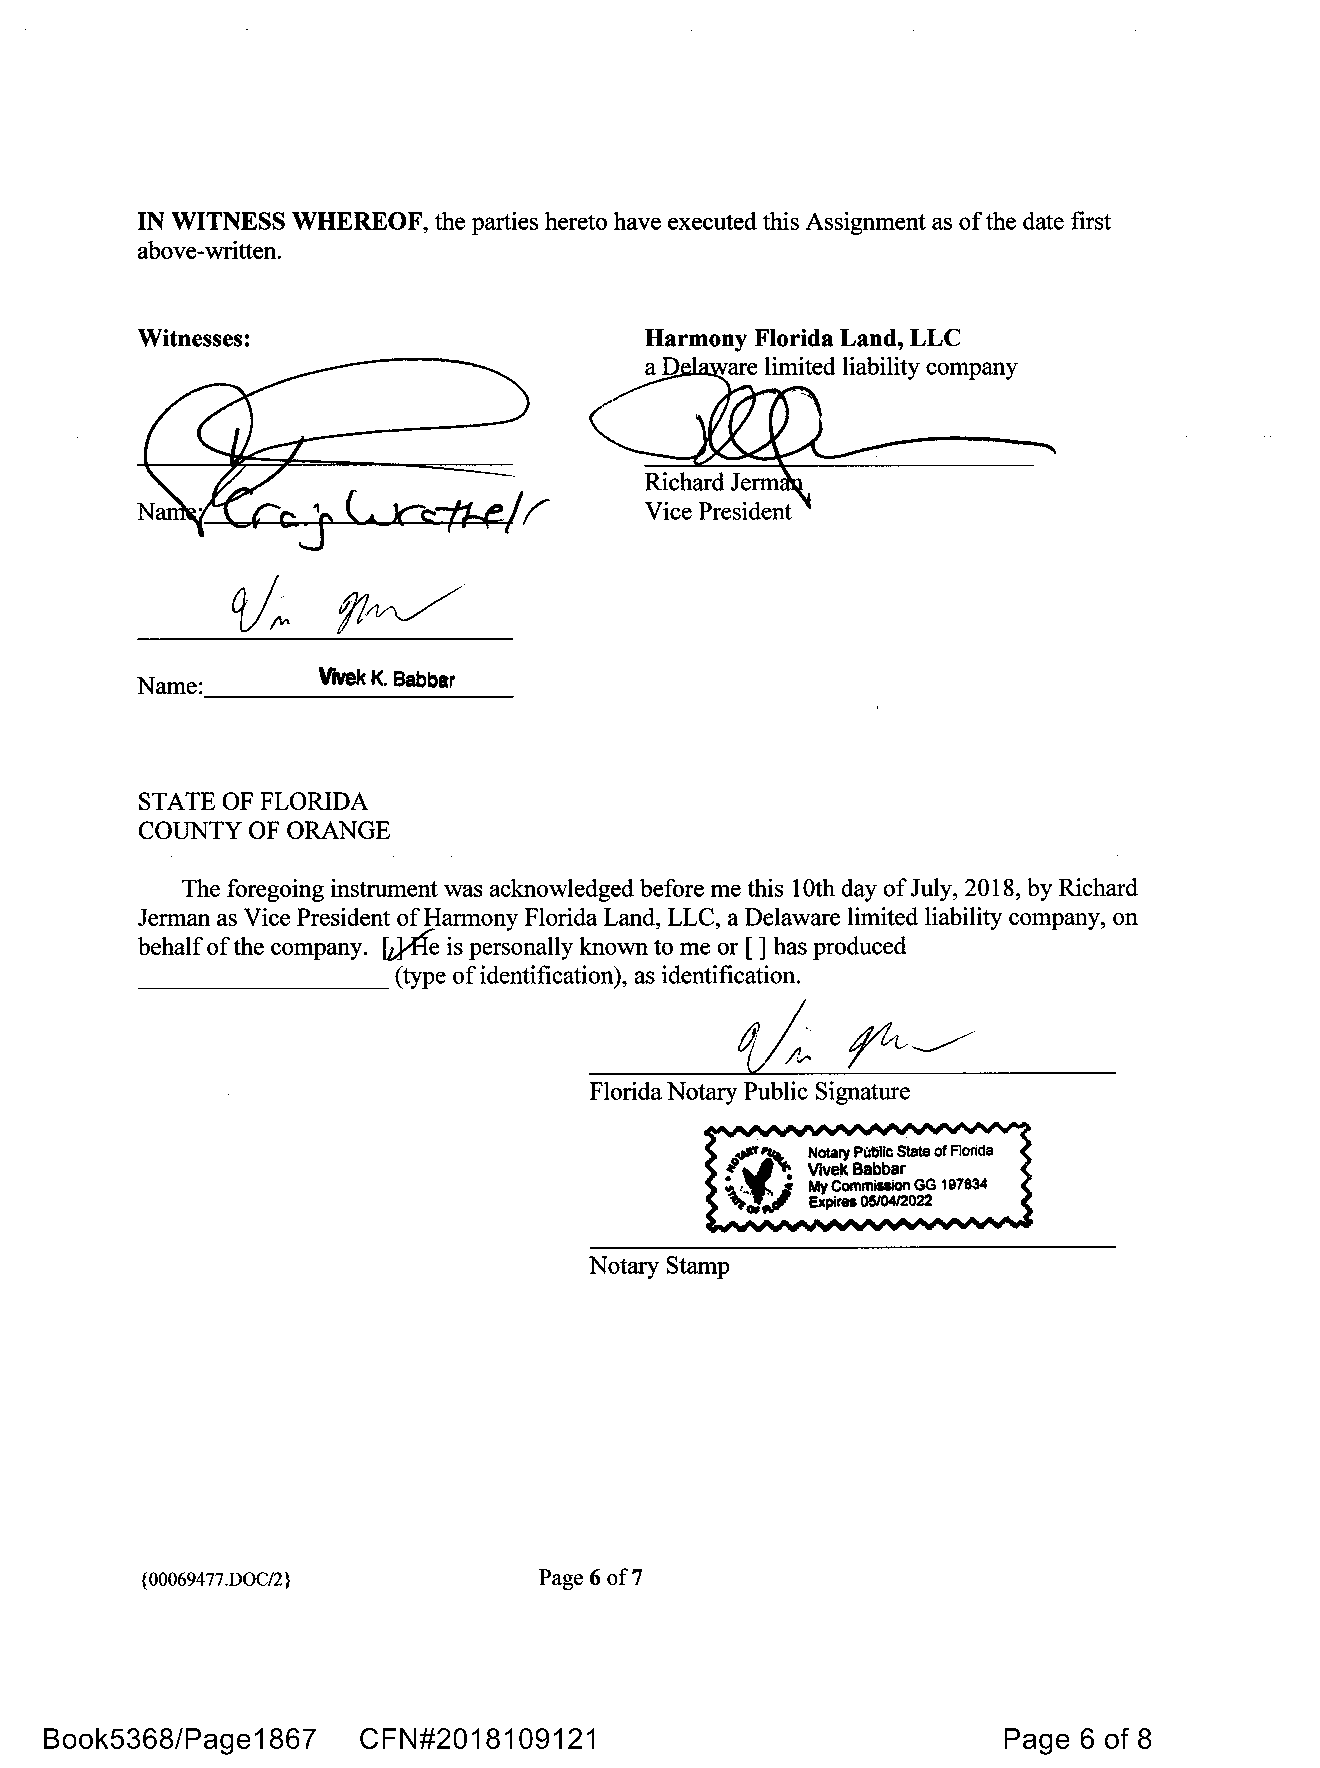
IN WITNESS WHEREOF, the parties hereto have executed this Assignment as ofthe date first
 above-written.
 Witnesses:                        Harmony Florida Land, LLC
 a D  are limited liability company
 Vice President
 Name:       Vivek K. Babbar
 STATE OF FLORIDA
 COUNTY OF ORANGE
 The foregoing instrument was acknowledged before me this 10th day ofJuly, 2018, by Richard
 Jerman as Vice President of Harmony Florida Land, LLC, a Delaware limited liability company, on
 w,£fe
 behalf ofthe company. is personally known to me or [] has produced
 _________        (type ofidentification), as identification.
 1/4
 !4~
 Florida Notary Public Signature
 Notary Stamp
 {0 00694 77.DOC/2}         Page 6 of7
 Book5368/Page1867    CFN#2018109121                            Page  6 of 8